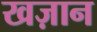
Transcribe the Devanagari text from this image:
खज़ान